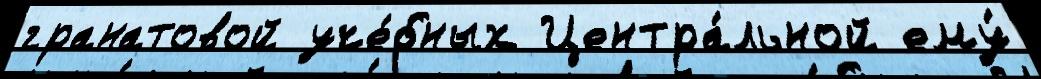
гранатовой уче́бных Центра́льной ему́